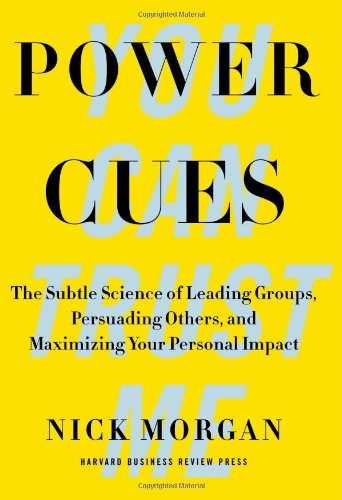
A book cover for Power Cues: The Subtle Science of Leading Groups, Persuading Others, and Maximizing Your Personal Impact; Nick Morgan; Business & Money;